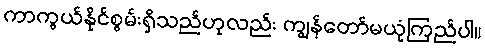
ကာကွယ်နိုင်စွမ်းရှိသည်ဟုလည်း ကျွန်တော်မယုံကြည်ပါ။